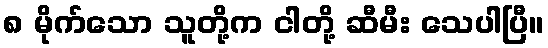
၈ မိုက်သော သူတို့က ငါတို့ ဆီမီး သေပါပြီ။